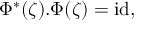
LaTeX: \Phi ^ { * } ( \zeta ) . \Phi ( \zeta ) = \mathrm { i d } ,